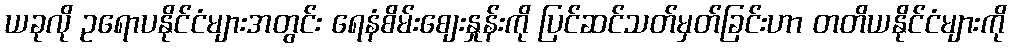
ယခုလို ဥရောပနိုင်ငံများအတွင်း ရေနံစိမ်းစျေးနှုန်းကို ပြင်ဆင်သတ်မှတ်ခြင်းဟာ တတိယနိုင်ငံများကို